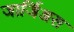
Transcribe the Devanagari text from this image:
जार्जिअस